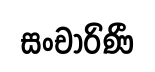
සංචාරිණී